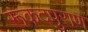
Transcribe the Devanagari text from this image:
रूकंदपुराण